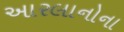
આરલાનોના